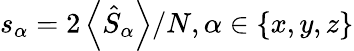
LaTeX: s_{\alpha}=2\left\langle\hat{S}_{\alpha}\right\rangle/N,\alpha\in\{ x,y,z\}